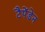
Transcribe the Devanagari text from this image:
टैपेंडेन